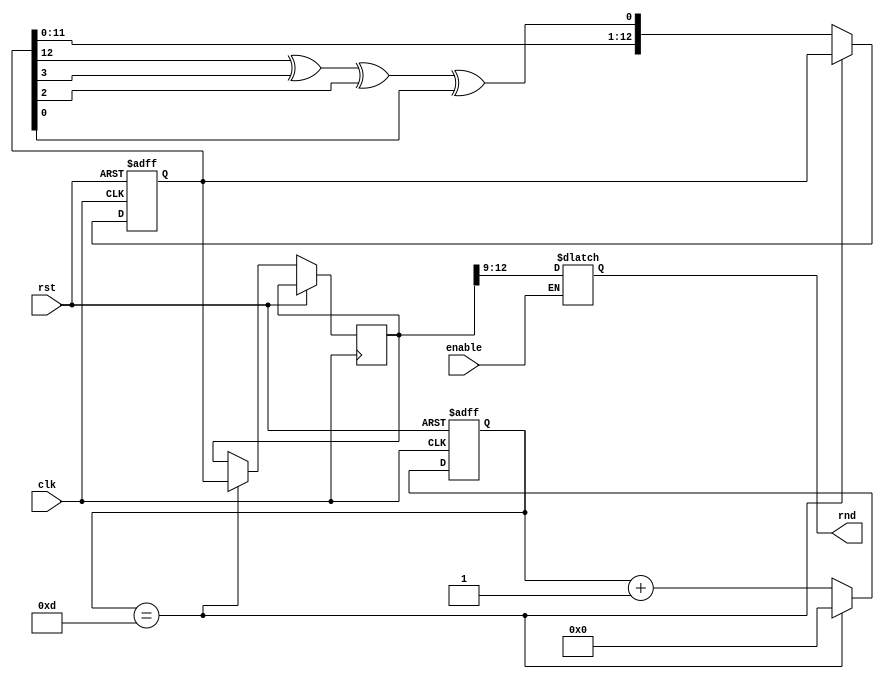
module RNG2 (clk, rst, enable, rnd);
	
	input clk;
	input rst;
	input enable;
	output reg [3:0]rnd;
	
	wire feedback;
	reg [12:0] random, random_next, random_done;
	reg [3:0] count, count_next;
	
	assign feedback = random[12] ^ random[3] ^ random[2] ^ random[0];
	
	always @ (posedge clk, posedge rst)
	begin
		if(rst)
		begin
			random <= 13'b1010101010111;
			count <= 0;
		end
		
		else if (count == 13)
		begin
			count = 0;
			random_done = random;
		end
		
		else
		begin
			random <= {random[11:0], feedback};
			count <= count + 1;
		end
	end
	
	always @(*)
	begin 
		if(enable)
			rnd <= random_done[12:9];
		else
			rnd <= rnd;
	end
endmodule